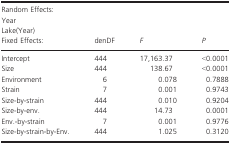
<table><thead><tr><td colspan="4"><b>Random Effects:</b></td></tr><tr><td><b>Year</b></td><td>[EMPTY_CELL]</td><td>[EMPTY_CELL]</td><td>[EMPTY_CELL]</td></tr><tr><td><b>Lake(Year)</b></td><td>[EMPTY_CELL]</td><td>[EMPTY_CELL]</td><td>[EMPTY_CELL]</td></tr><tr><td><b>Fixed Effects:</b></td><td><b>denDF</b></td><td><b><i>F</i></b></td><td><b><i>P</i></b></td></tr></thead><tbody><tr><td>Intercept</td><td>444</td><td>17,163.37</td><td>&lt;0.0001</td></tr><tr><td>Size</td><td>444</td><td>138.67</td><td>&lt;0.0001</td></tr><tr><td>Environment</td><td>6</td><td>0.078</td><td>0.7888</td></tr><tr><td>Strain</td><td>7</td><td>0.001</td><td>0.9743</td></tr><tr><td>Size‐by‐strain</td><td>444</td><td>0.010</td><td>0.9204</td></tr><tr><td>Size‐by‐env.</td><td>444</td><td>14.73</td><td>0.0001</td></tr><tr><td>Env.‐by‐strain</td><td>7</td><td>0.001</td><td>0.9776</td></tr><tr><td>Size‐by‐strain‐by‐Env.</td><td>444</td><td>1.025</td><td>0.3120</td></tr></tbody></table>